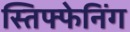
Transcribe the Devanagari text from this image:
स्तिफ्फेनिंग